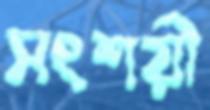
সংশয়ী